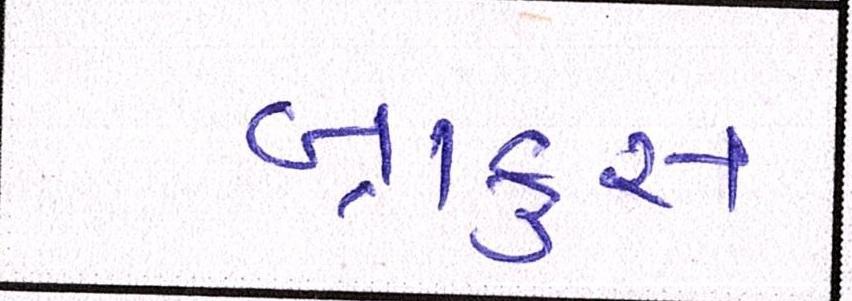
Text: બ્રાફુસ